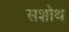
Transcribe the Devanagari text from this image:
सशोथ